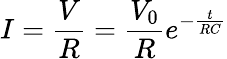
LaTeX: I=\frac{V}{R}=\frac{V_{0}}{R}e^{-\frac{t}{RC}}